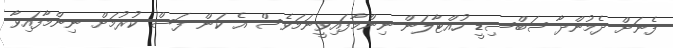
ފެނަށް ދެމުންދާ ސަބްސިޑީ ހުއްޓާލަން ނިންމާފައިވީނަމަވެސް އެ ކަން ފަސް ކުރުމަށް ނިންމާފައިވާ